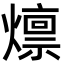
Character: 燷